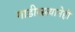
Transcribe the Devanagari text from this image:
गाडीरस्त्यानेही